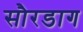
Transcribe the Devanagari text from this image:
सौरडाग